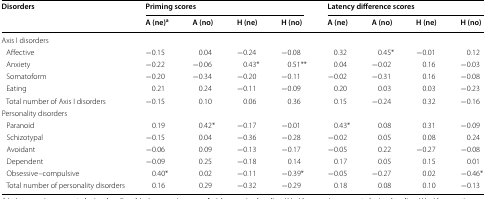
<table><thead><tr><td rowspan="2"><b>Disorders</b></td><td colspan="4"><b>Priming scores</b></td><td colspan="4"><b>Latency difference scores</b></td></tr><tr><td><b>A (ne)<sup>a</sup></b></td><td><b>A (no)</b></td><td><b>H (ne)</b></td><td><b>H (no)</b></td><td><b>A (ne)</b></td><td><b>A (no)</b></td><td><b>H (ne)</b></td><td><b>H (no)</b></td></tr></thead><tbody><tr><td colspan="9">Axis I disorders</td></tr><tr><td> Affective</td><td>−0.15</td><td>0.04</td><td>−0.24</td><td>−0.08</td><td>0.32</td><td>0.45*</td><td>−0.01</td><td>0.12</td></tr><tr><td> Anxiety</td><td>−0.22</td><td>−0.06</td><td>0.43*</td><td>0.51**</td><td>0.04</td><td>−0.02</td><td>0.16</td><td>−0.03</td></tr><tr><td> Somatoform</td><td>−0.20</td><td>−0.34</td><td>−0.20</td><td>−0.11</td><td>−0.02</td><td>−0.31</td><td>0.16</td><td>−0.08</td></tr><tr><td> Eating</td><td>0.21</td><td>0.24</td><td>−0.11</td><td>−0.09</td><td>0.20</td><td>0.03</td><td>0.03</td><td>−0.23</td></tr><tr><td> Total number of Axis I disorders</td><td>−0.15</td><td>0.10</td><td>0.06</td><td>0.36</td><td>0.15</td><td>−0.24</td><td>0.32</td><td>−0.16</td></tr><tr><td colspan="9">Personality disorders</td></tr><tr><td> Paranoid</td><td>0.19</td><td>0.42*</td><td>−0.17</td><td>−0.01</td><td>0.43*</td><td>0.08</td><td>0.31</td><td>−0.09</td></tr><tr><td> Schizotypal</td><td>−0.15</td><td>0.04</td><td>−0.36</td><td>−0.28</td><td>−0.02</td><td>0.05</td><td>0.08</td><td>0.24</td></tr><tr><td> Avoidant</td><td>−0.06</td><td>0.09</td><td>−0.13</td><td>−0.17</td><td>−0.05</td><td>0.22</td><td>−0.27</td><td>−0.08</td></tr><tr><td> Dependent</td><td>−0.09</td><td>0.25</td><td>−0.18</td><td>0.14</td><td>0.17</td><td>0.05</td><td>0.15</td><td>0.01</td></tr><tr><td> Obsessive–compulsive</td><td>0.40*</td><td>0.02</td><td>−0.11</td><td>−0.39*</td><td>−0.05</td><td>−0.27</td><td>0.02</td><td>−0.46*</td></tr><tr><td> Total number of personality disorders</td><td>0.16</td><td>0.29</td><td>−0.32</td><td>−0.29</td><td>0.18</td><td>0.08</td><td>0.10</td><td>−0.13</td></tr></tbody></table>